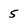
Character: 5